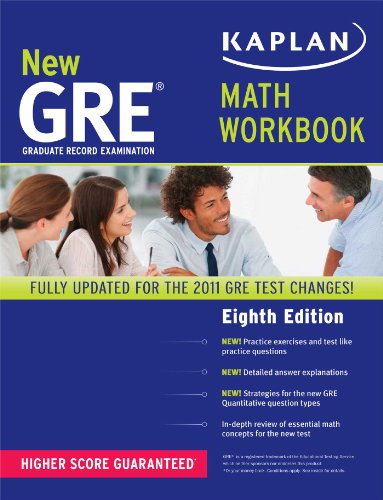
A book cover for New GRE Math Workbook (Kaplan GRE); Kaplan; Test Preparation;